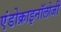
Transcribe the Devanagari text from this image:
एंडोक्राइनॉलोजी